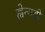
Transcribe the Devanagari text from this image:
ह्वेन्गडी